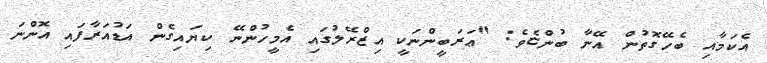
އެކަމާއި ބެހޭގޮތުން އޭނާ ބުންޏެވެ: "ޢަރަބީންނަކީ އިޒްރޭލުގައި އެމީހުންނޭ ކިޔައިގެން އަޑުއަރާފައި އޮންނަ